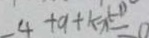
- 4 + 9 + k x = 0